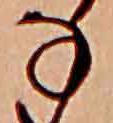
な